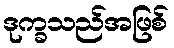
ဒုက္ခသည်အဖြစ်